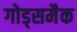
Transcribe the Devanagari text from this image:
गोड्समैक